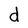
Character: d